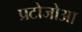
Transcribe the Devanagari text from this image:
प्रटोजोआ